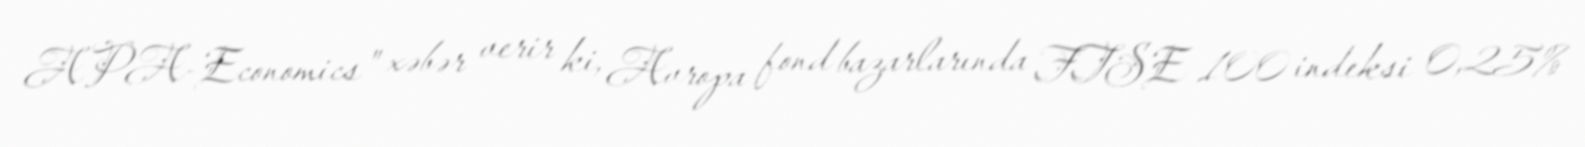
APA-Economics" xəbər verir ki, Avropa fond bazarlarında FTSE 100 indeksi 0,25%